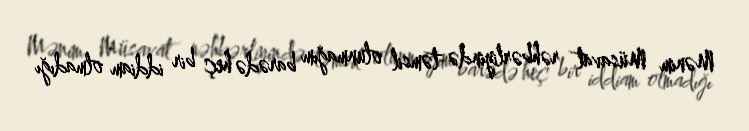
Mənim Müsavat rəhbərliyində təmsil olunmağım barədə heç bir iddiam olmadığı